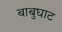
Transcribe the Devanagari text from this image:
बाबुघाट